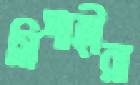
সিপাহীরা